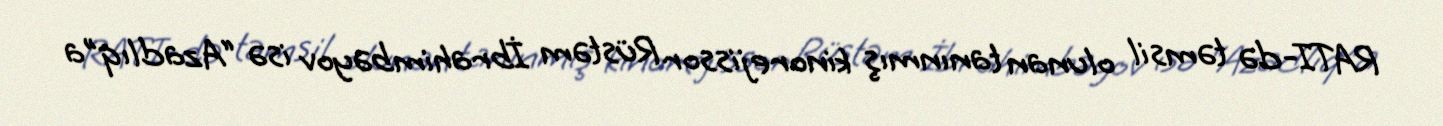
RATI-də təmsil olunan tanınmış kinorejissor Rüstəm İbrahimbəyov isə “Azadlıq”a